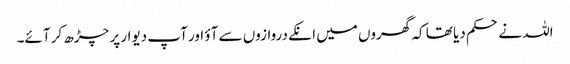
اللہ نے حکم دیا تھا کہ گھروں میں انکے دروازوں سے آؤ اور آپ دیوار پر چڑھ کر آئے۔